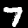
Label: 7